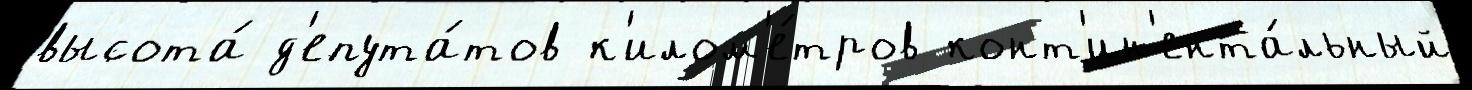
высота́ д'епута́тов к'илом'е́тров конт'ин'ента́льный